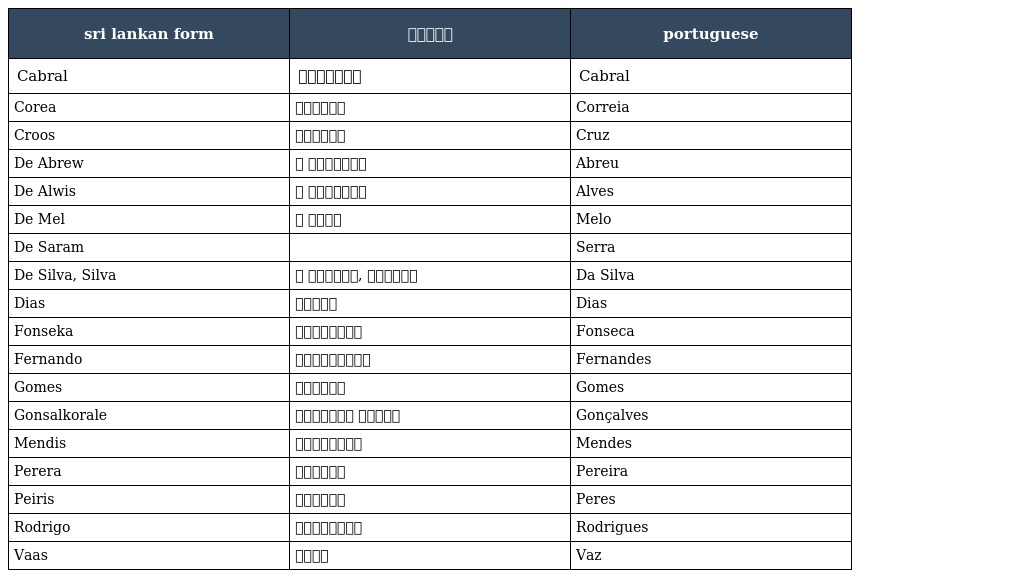
| sri lankan form | සිංහල | portuguese |
 | --- | --- | --- |
 | Cabral | කබ්රාල් | Cabral |
 | Corea | කෝරියා | Correia |
 | Croos | ක්රූස් | Cruz |
 | De Abrew | ද අබ්රිව් | Abreu |
 | De Alwis | ද අල්විස් | Alves |
 | De Mel | ද මෙල් | Melo |
 | De Saram |  | Serra |
 | De Silva, Silva | ද සිල්වා, සිල්වා | Da Silva |
 | Dias | දිඅස් | Dias |
 | Fonseka | ෆොන්සේකා | Fonseca |
 | Fernando | ප්‍රනාන්දු | Fernandes |
 | Gomes | ගෝමෙස් | Gomes |
 | Gonsalkorale | ගොන්සල් කෝරලේ | Gonçalves |
 | Mendis | මෙන්ඩිස් | Mendes |
 | Perera | පෙරේරා | Pereira |
 | Peiris | පීරිස් | Peres |
 | Rodrigo | රොද්රිගෝ | Rodrigues |
 | Vaas | වාස් | Vaz |